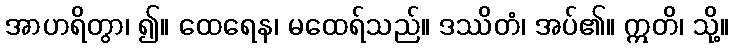
အာဟရိတွာ၊ ၍။ ထေရေန၊ မထေရ်သည်။ ဒဿိတံ၊ အပ်၏။ ဣတိ၊ သို့။